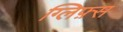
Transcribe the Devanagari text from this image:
ग्लिफ़्स